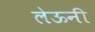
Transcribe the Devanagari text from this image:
लेऊनी